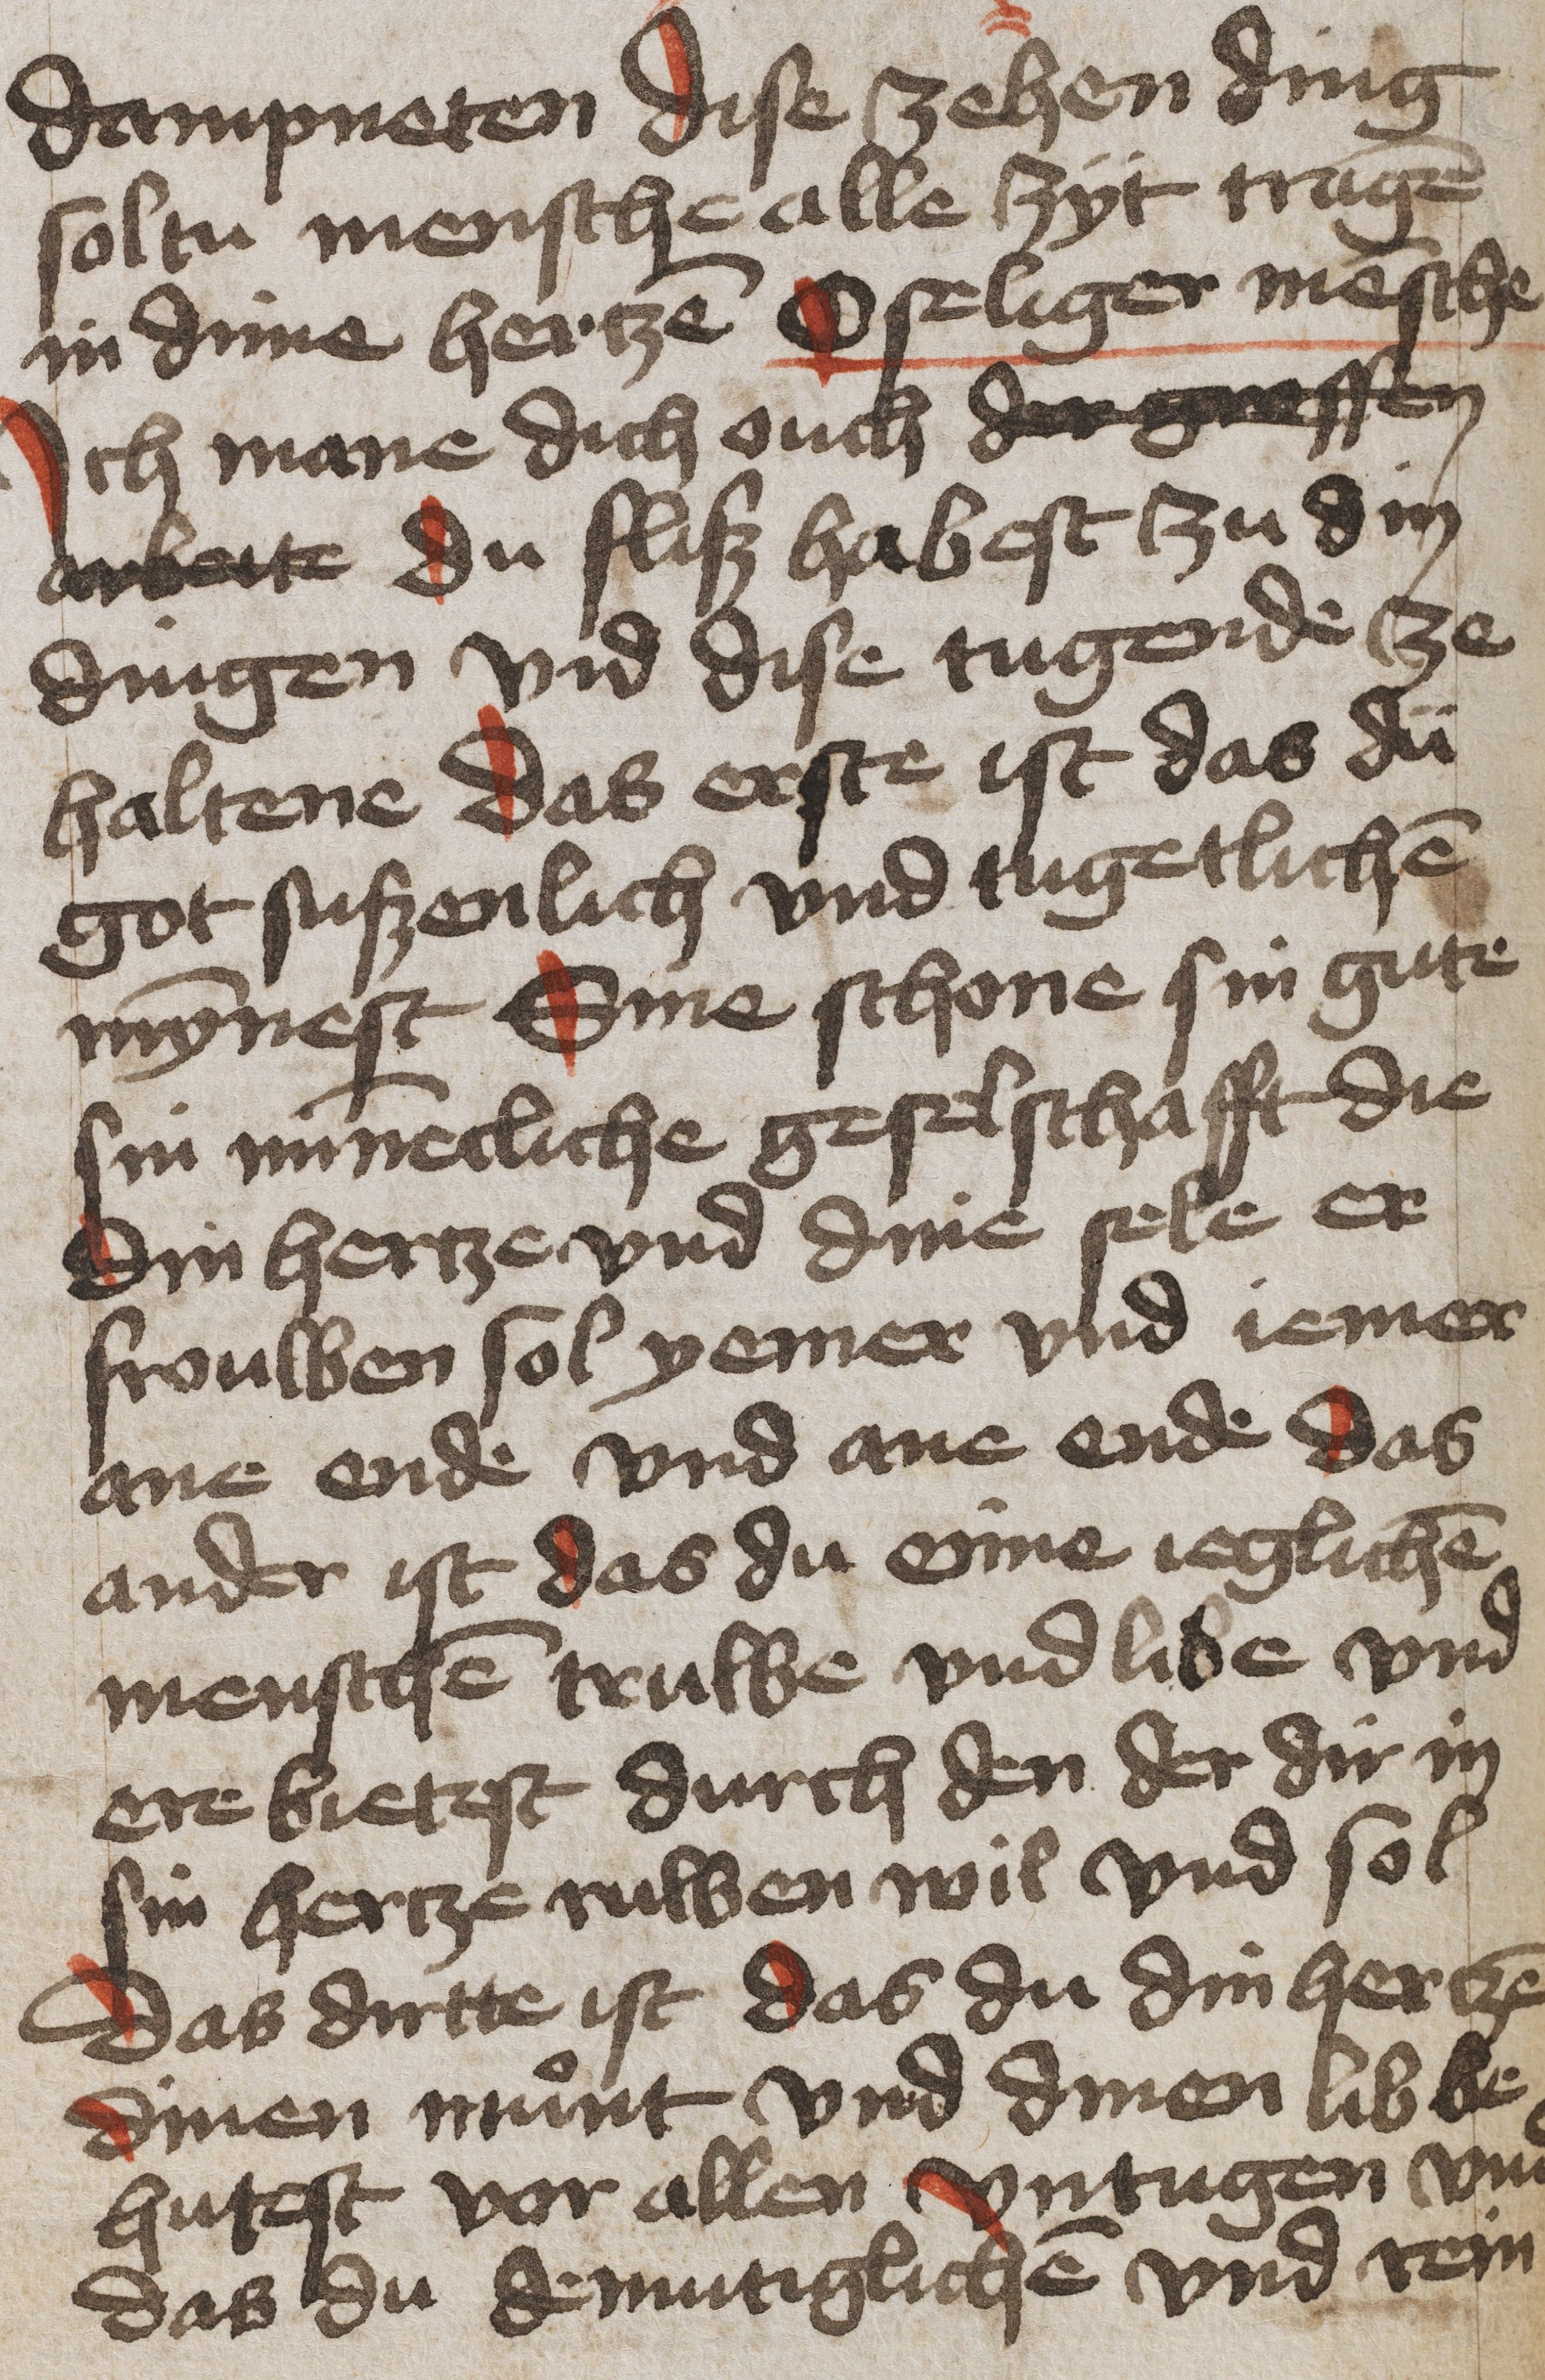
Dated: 1475–1499